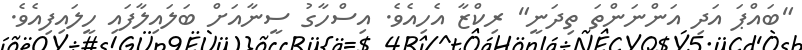
"ބައްޕަ އަދި އަންނަންތަ ތިދަނީ" ރިކްޒާ އެހިއެވެ. އިސްހާގު ސީނާއަށް ބަލައިލާފައި ހީލައިފިއެވެ.